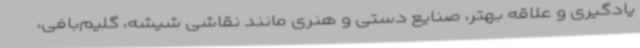
یادگیری و علاقه بهتر، صنایع دستی و هنری مانند نقاشی شیشه، گلیم‌بافی،